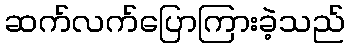
ဆက်လက်ပြောကြားခဲ့သည်